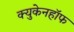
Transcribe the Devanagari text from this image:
क्युकेनहॉफ